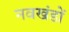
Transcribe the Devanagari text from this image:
नवखंडों